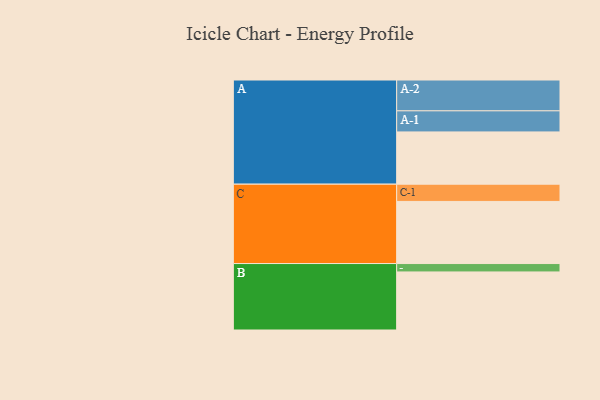
{"axis": {"x": "Segment", "y": "Value"}, "legend": ["", "A", "B", "C"], "data": [{"x": "A", "y": 461, "type": ""}, {"x": "B", "y": 512, "type": ""}, {"x": "C", "y": 548, "type": ""}, {"x": "A-1", "y": 186, "type": "A"}, {"x": "A-2", "y": 272, "type": "A"}, {"x": "B-1", "y": 74, "type": "B"}, {"x": "C-1", "y": 152, "type": "C"}]}